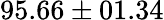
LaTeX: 95.66\pm 01.34